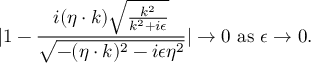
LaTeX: | 1 - { \frac { i ( \eta \cdot k ) \sqrt { { \frac { k ^ { 2 } } { k ^ { 2 } + i \epsilon } } } } { \sqrt { - ( \eta \cdot k ) ^ { 2 } - i \epsilon \eta ^ { 2 } } } } | \to 0 \ \mathrm { a s } \ \epsilon \to 0 .